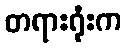
တရားရုံးက